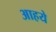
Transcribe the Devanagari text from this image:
आहये